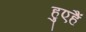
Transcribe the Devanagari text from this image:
हुएहैं